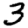
Digit: 3